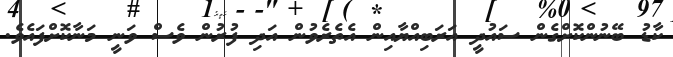
ކާޑު ބޭނުންކޮށްގެން ސައުދީ އަރަބިއްޔާއިން އެތެރެވުން އަދި ފުރުން ވެސް ވަނީ މަނާކޮށްފައެވެ.